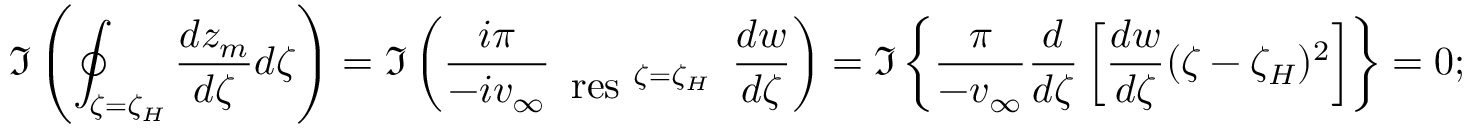
\Im \left( \oint _ { \zeta = \zeta _ { H } } \frac { d z _ { m } } { d \zeta } d \zeta \right) = \Im \left( \frac { i \pi } { - i v _ { \infty } } \begin{array} { c } { ~ ~ ~ } \\ { \mathrm { r e s } \ ^ { \zeta = \zeta _ { H } } } \end{array} \frac { d w } { d \zeta } \right) = \Im \left\{ \frac { \pi } { - v _ { \infty } } \frac { d } { d \zeta } \left[ \frac { d w } { d \zeta } ( \zeta - \zeta _ { H } ) ^ { 2 } \right] \right\} = 0 ;